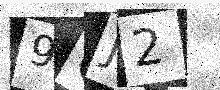
Text: 9QJ2